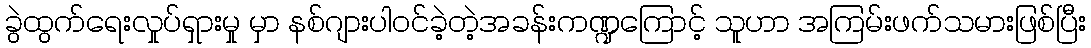
ခွဲထွက်ရေးလှုပ်ရှားမှု မှာ နစ်ဂျားပါဝင်ခဲ့တဲ့အခန်းကဏ္ဍကြောင့် သူဟာ အကြမ်းဖက်သမားဖြစ်ပြီး